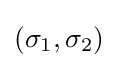
(\sigma _{1},\sigma _{2})